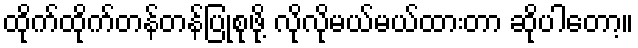
ထိုက်ထိုက်တန်တန်ပြုစုဖို့ လိုလိုမယ်မယ်ထားတာ ဆိုပါတော့။